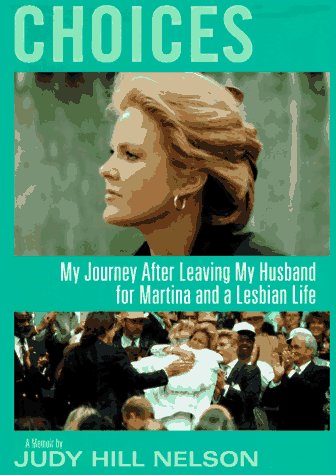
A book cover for Choices: My Journey After Leaving My Husband for Martina and a Lesbian Life; Judy Hill Nelson; Gay & Lesbian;